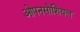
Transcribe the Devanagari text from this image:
ओपनसोशियल